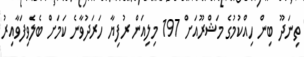
ތިނަދޫ ބިން ހިއްކުމުގެ މަޝްރޫއަށް 197 މިލިއަން ރުފިޔާ ހަރަދުވާނެ ކަމަށް ބެލެވިފަވާއިރު